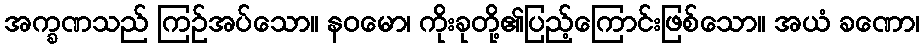
အက္ခဏသည် ကြဉ်အပ်သော။ နဝမော၊ ကိုးခုတို့၏ပြည့်ကြောင်းဖြစ်သော။ အယံ ခဏော၊